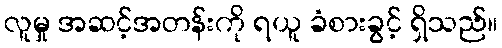
လူမှု အဆင့်အတန်းကို ရယူ ခံစားခွင့် ရှိသည်။